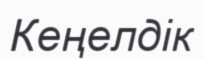
Кеңелдік